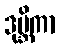
ဒုဗ္ဘိကာ